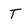
Character: T